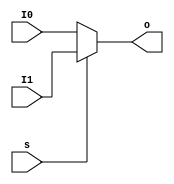
`timescale 1ns / 1ps
//////////////////////////////////////////////////////////////////////////////////
// Company: 
// Engineer: 
// 
// Design Name: 
// Module Name: MUX2T1
// Project Name: 
// Target Devices: 
// Tool Versions: 
// Description: 
// 
// Dependencies: 
// 
// Revision:
// Revision 0.01 - File Created
// Additional Comments:
// 
//////////////////////////////////////////////////////////////////////////////////


module MUX2T1(
    input s,
    input[31:0] I0,
    input[31:0] I1,
    output[31:0] o
);
    assign o = (s == 1'b0)? I0: I1;
endmodule